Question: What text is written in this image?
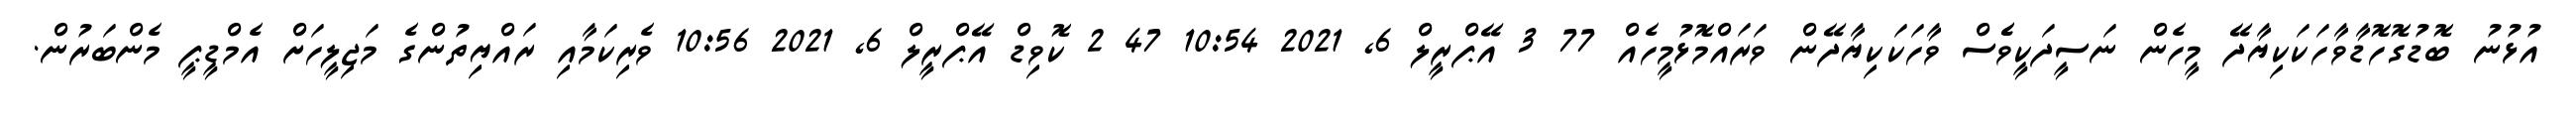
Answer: އުޅުނު ބޮޑުގޮހޮޑާވާހަކަކިޔާދޭ މީހެން ނަސީދަކީވެެސް ވާހަކަކިޔާދޭން ވަރައްމޮޅުމީހެއް 77 3 އޭޕްރީލް 6, 2021 10:54 47 2 ކޮވިޑް އޭޕްރީލް 6, 2021 10:56 ވެރިކަމާއި ރައްޔިތުންގެ މަޖިލީހަށް އެމްޑީޕީ މެންބަރުން.